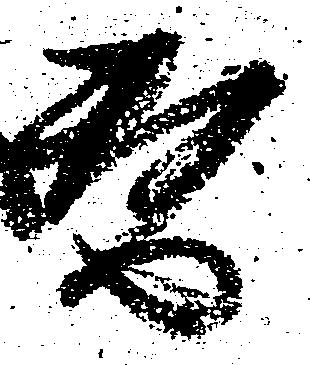
替